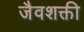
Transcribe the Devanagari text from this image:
जैवशक्ती